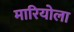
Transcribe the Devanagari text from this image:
मारियोला